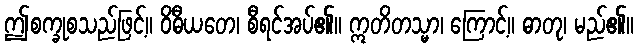
ဤစက္ခုစသည်ဖြင့်။ ဝိဓီယတေ၊ စီရင်အပ်၏။ ဣတိတသ္မာ၊ ကြောင့်။ ဓာတု၊ မည်၏။